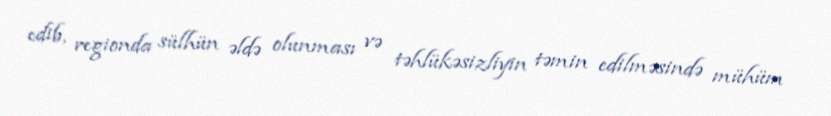
edib, regionda sülhün əldə olunması və təhlükəsizliyin təmin edilməsində mühüm